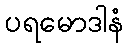
ပရမောဒါနံ